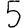
Digit: 5